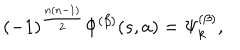
( - 1 ) ^ { \frac { n ( n - 1 ) } { 2 } } \Phi ^ { ( \beta ) } ( s , a ) = \Psi _ { k } ^ { ( \beta ) } ,